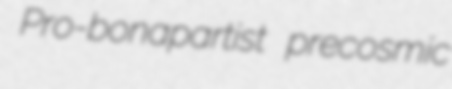
Pro-bonapartist precosmic